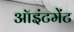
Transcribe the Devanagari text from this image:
ऑइंटमेंट